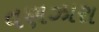
વણઝારા